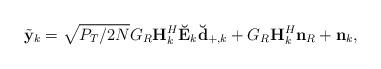
LaTeX: \begin{align*}\tilde{\mathbf{y}}_{k} & =\sqrt{P_{T}/2N}G_{R}\mathbf{H}_{k}^{H}\mathbf{\breve{E}}_{k}\mathbf{\breve{d}}_{+,k}+G_{R}\mathbf{H}_{k}^{H}\mathbf{n}_{R}+\mathbf{n}_{k},\end{align*}